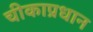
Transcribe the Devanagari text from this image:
चीकाप्रधान